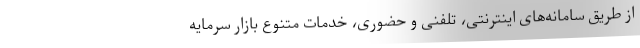
از طریق سامانه‌های اینترنتی، تلفنی و حضوری، خدمات متنوع بازار سرمایه